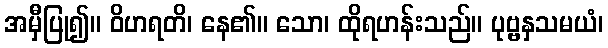
အမှီပြု၍။ ဝိဟရတိ၊ နေ၏။ သော၊ ထိုရဟန်းသည်။ ပုဗ္ဗနှသမယံ၊